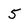
Character: 5